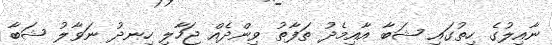
ނާއިލުގެ ހިތުގައި ޝަބާ އާއިމެދު ތަފާތު ވިންދެއް ޖަހާލި ހިނދު ނަވާލު ޝަބާ